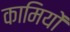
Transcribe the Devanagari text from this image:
कामियों